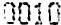
0010